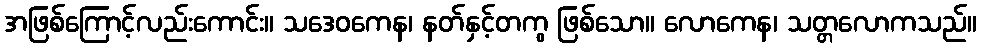
အဖြစ်ကြောင့်လည်းကောင်း။ သဒေဝကေန၊ နတ်နှင့်တကွ ဖြစ်သော။ လောကေန၊ သတ္တလောကသည်။